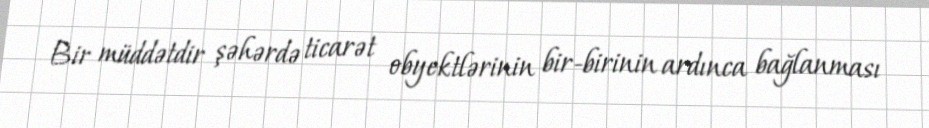
Bir müddətdir şəhərdə ticarət obyektlərinin bir-birinin ardınca bağlanması